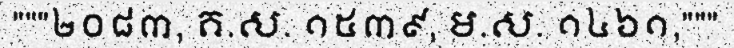
"""២០៨៣, គ.ស. ១៥៣៩, ម.ស. ១៤៦១,"""